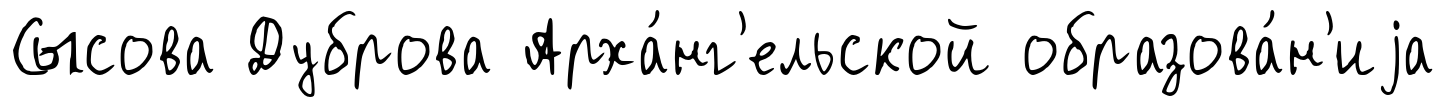
Сысова Дуброва Арха́нг'ельской образова́н'иjа